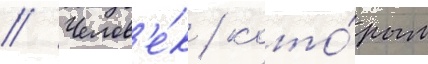
// Челов'е́к / кото́рым